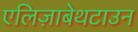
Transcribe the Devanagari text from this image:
एलिज़ाबेथटाउन